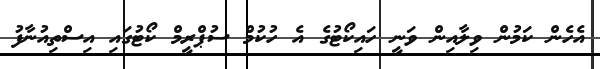
އެހެން ކަމުން ވިލާއިން ވަނީ ހައިކޯޓުގެ އެ ހުކުމް ސުޕްރީމް ކޯޓުގައި އިސްތިއުނާފު